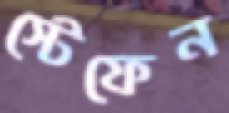
স্টেফেন